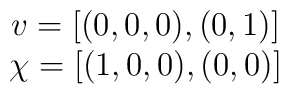
\begin{array}{c}v=[(0,0,0),(0,1)] \\\chi=[(1,0,0),(0,0)]\end{array}